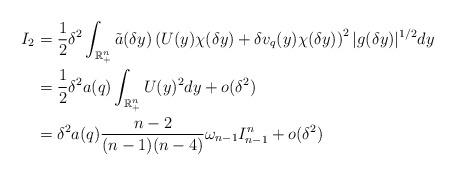
LaTeX: \begin{align*}I_{2} & =\frac{1}{2}\delta^{2}\int_{\mathbb{R}_{+}^{n}}\tilde{a}(\delta y)\left(U(y)\chi(\delta y)+\delta v_{q}(y)\chi(\delta y)\right)^{2}|g(\delta y)|^{1/2}dy \\ & =\frac{1}{2}\delta^{2}a(q)\int_{\mathbb{R}_{+}^{n}}U(y)^{2}dy+o(\delta^{2}) \\ & =\delta^{2}a(q)\frac{n-2}{(n-1)(n-4)}\omega_{n-1}I_{n-1}^{n}+o(\delta^{2})\end{align*}